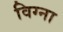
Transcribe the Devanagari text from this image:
विग्ना